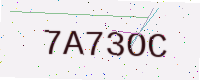
Text: 7A73OC